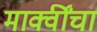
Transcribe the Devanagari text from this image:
माक्वींचा